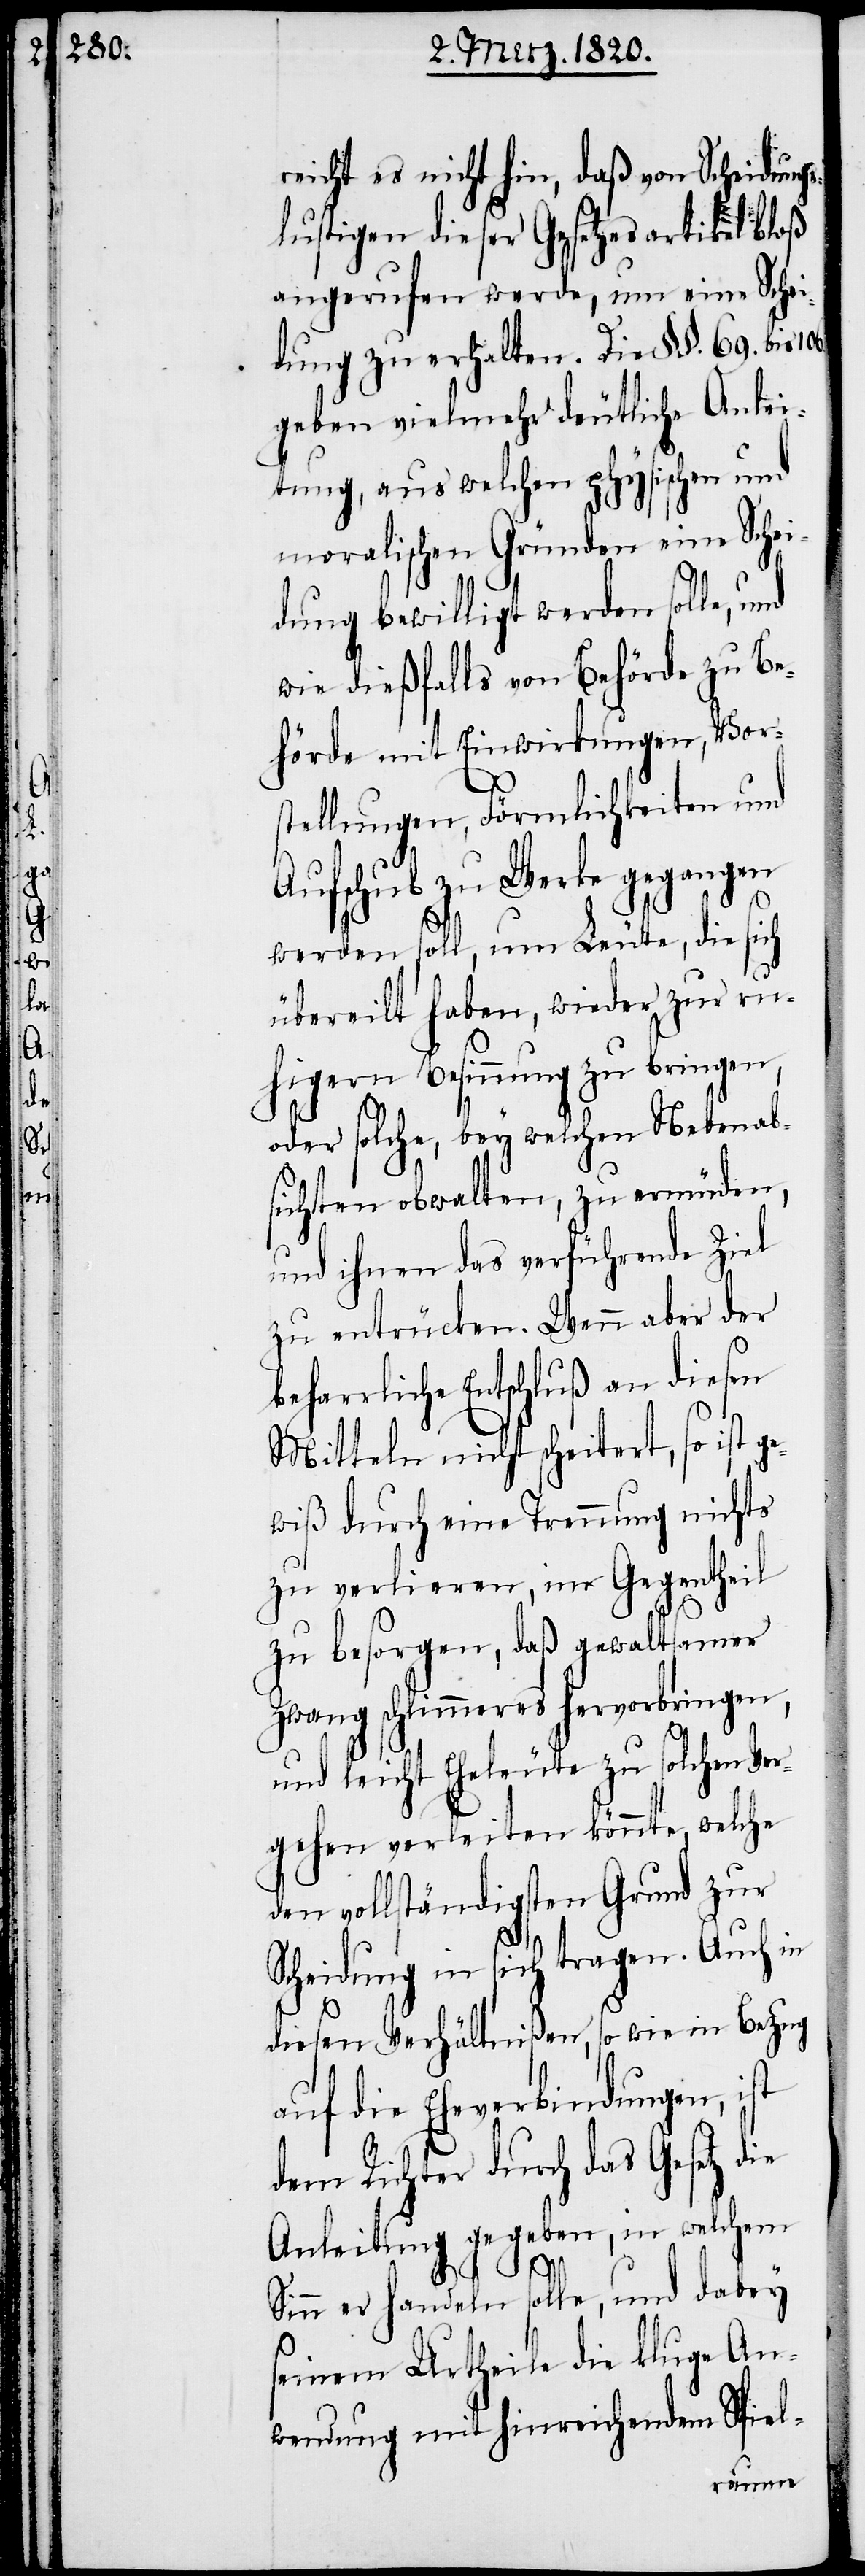
reicht es nicht hin, daß von Scheidungs¬
lustigen dieser Gesetzesartikel bloß
angerufen werde, um eine Schei¬
dung zu erhalten. Die §§. 69. bis
geben vielmehr deutliche Anlei¬
tung, aus welchen physischen und
moralischen Gründen eine Schei¬
dung bewilligt werden solle,
wie dießfalls von Behörde zu Be¬
hörde mit Einwirkungen, Vors¬
tellungen, Förmlichkeiten und
Aufschub zu Werke gegangen
werden soll, um Leute, die sich
übereilt haben, wieder zur ru¬
higern Besinnung zu bringen,
oder solche, bey welchen Nebenab¬
sichten obwalten, zu ermüden,
und ihnen das verführende Ziel
zu entrücken. Wenn aber der
beharrliche Entschluß an diesen
Mitteln nicht scheitert, so ist ge¬
wiß durch eine Trennung nichts
zu verlieren, im Gegentheil
zu besorgen, daß gewaltsamer
Zwang schlimmeres hervorbringen,
und leicht Eheleute zu solchen Ver¬
gehen verleiten könnte, welche
den vollständigsten Grund zur
Scheidung in sich tragen. Auch in
diesen Verhältnißen, so wie in Bezug
auf die Eheverbindungen, ist
dem Richter durch das Gesetz die
Anleitung gegeben, in welchem
Sinn er handeln solle, und dabey
seinem Urtheile die kluge An¬
wendung mit hinreichendem Spiel-